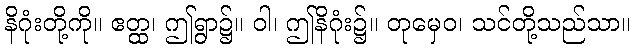
နိဂုံးတို့ကို။ ဧတ္ထ၊ ဤရွာ၌။ ဝါ၊ ဤနိဂုံး၌။ တုမှေဝ၊ သင်တို့သည်သာ။